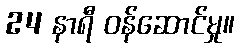
24 နာရီ ဝန်ဆောင်မှု။